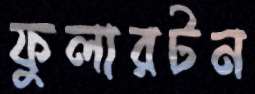
ফুলারটন